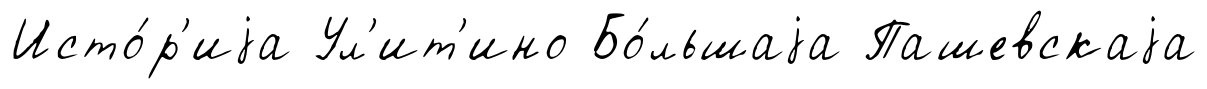
Исто́р'иjа Ул'ит'ино Бо́льшаjа Пашевскаjа